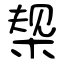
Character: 椝